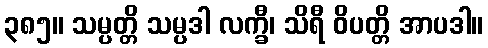
၃၈၅။ သမ္ပတ္တိ သမ္ပဒါ လက္ခီ၊ သိရီ ဝိပတ္တိ အာပဒါ။